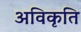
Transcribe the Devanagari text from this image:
अविकृति